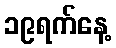
၁၉ရက်နေ့